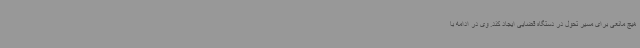
هیچ مانعی برای مسیر تحول در دستگاه قضایی ایجاد کند. وی در ادامه با